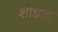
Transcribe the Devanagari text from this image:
शीध्रता